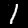
Digit: 1